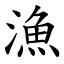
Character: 漁